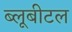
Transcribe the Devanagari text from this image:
ब्‍लूबीटल